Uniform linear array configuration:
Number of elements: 24
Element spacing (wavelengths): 0.75
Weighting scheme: exponential
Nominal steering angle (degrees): -45
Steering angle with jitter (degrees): -45.844
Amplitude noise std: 0.05
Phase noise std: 0.05

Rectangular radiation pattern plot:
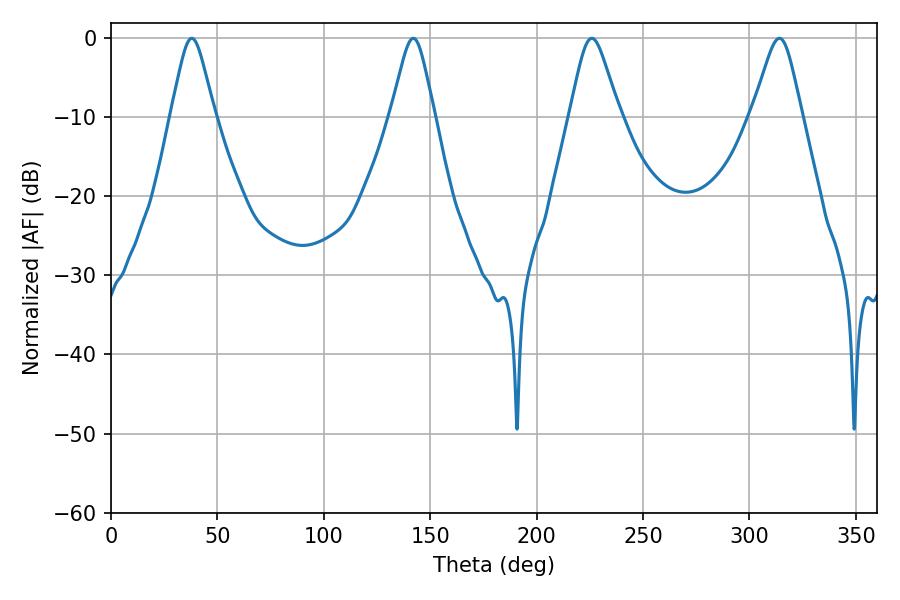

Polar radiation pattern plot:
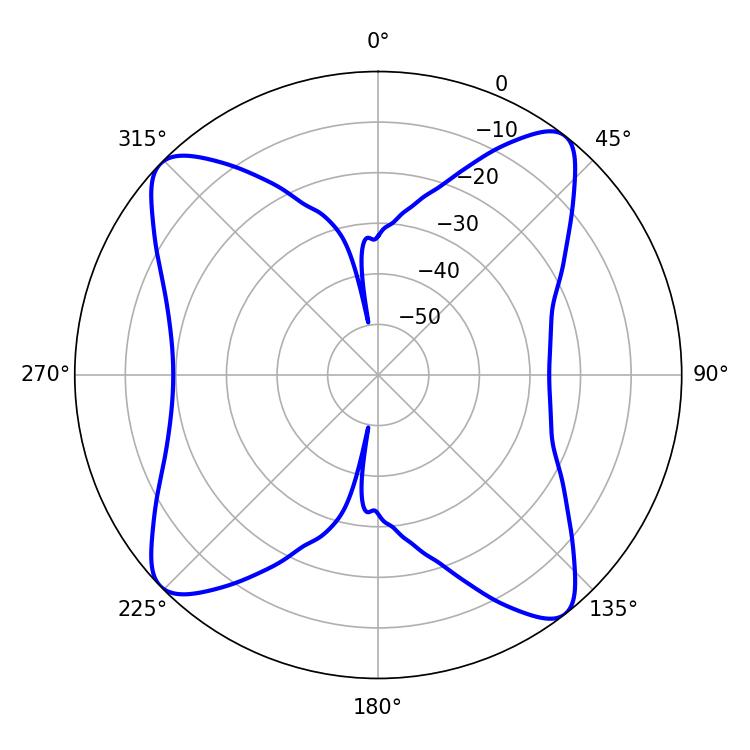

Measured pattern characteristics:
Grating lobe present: TRUE
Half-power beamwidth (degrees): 11.16
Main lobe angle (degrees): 225.9